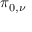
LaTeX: \pi _ { 0 , \nu }